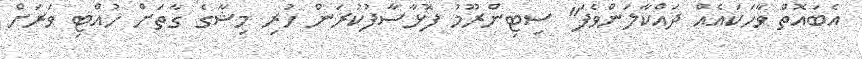
އެބައޮތް ވާހަކައެއް ދައްކާލަންވެފަ" ސިޓިންރޫމު ފޮޅާސާފުކުރަން ހުރި މިޝާގެ ގާތަށް ހުއްޓި ވަރަށް